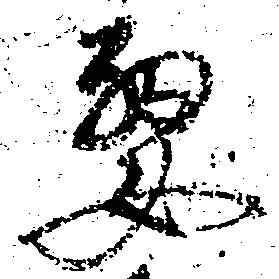
要